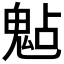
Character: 𩲦